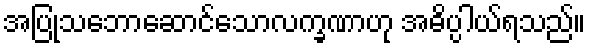
အပြုသဘောဆောင်သောလက္ခဏာဟု အဓိပ္ပါယ်ရသည်။